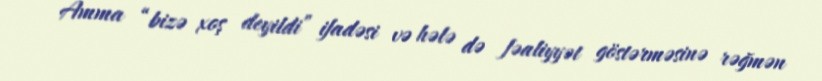
Amma “bizə xoş deyildi” ifadəsi və hələ də fəaliyyət göstərməsinə rəğmən